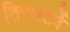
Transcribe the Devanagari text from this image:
तिरसठवें